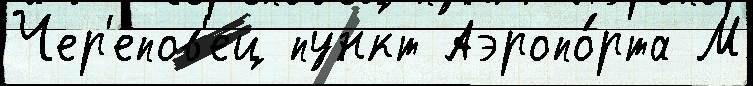
Чер'епов'ец пункт Аэропо́рта М